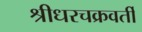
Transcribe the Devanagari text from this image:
श्रीधरचक्रवर्ती